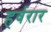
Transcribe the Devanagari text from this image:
हर्वरार